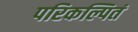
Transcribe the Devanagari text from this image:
परिकल्पितं